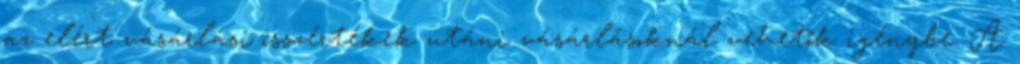
az elért vásárlási összértékek utáni vásárlásoknál vehetők igénybe. A